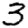
Digit: 3